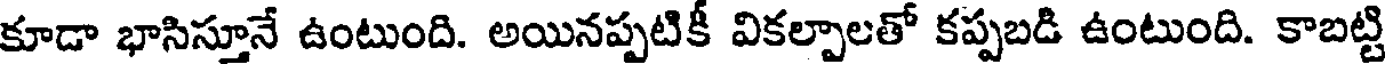
కూడా భాసిస్తూనే ఉంటుంది. అయినప్పటికీ వికల్పాలతో కప్పబడి ఉంటుంది. కాబట్టి